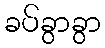
ခပ်ခွာခွာ